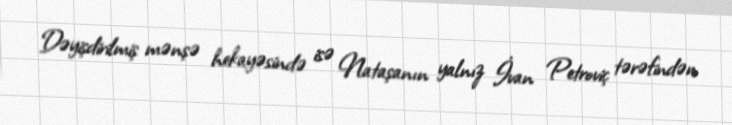
Dəyişdirilmiş mənşə hekayəsində isə Nataşanın yalnız İvan Petroviç tərəfindən